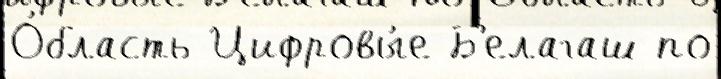
О́бласть Цифровы́е Б'елагаш по